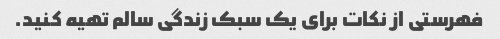
فهرستی از نکات برای یک سبک زندگی سالم تهیه کنید.